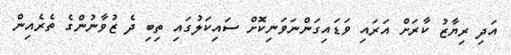
އަދި ރިޔާޒު ކާރަށް އަރައި ވަޑައިގަންނަވަނިކޮށް ސައިކަލުގައި ތިބި ދެ ޒުވާނުންގެ ތެރެއިން